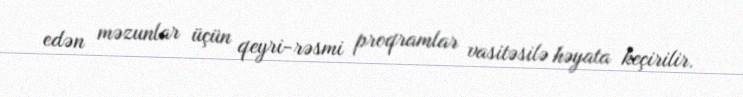
edən məzunlar üçün qeyri-rəsmi proqramlar vasitəsilə həyata keçirilir.